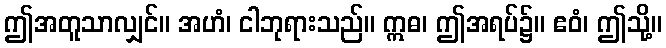
ဤအတူသာလျှင်။ အဟံ၊ ငါဘုရားသည်။ ဣဓ၊ ဤအရပ်၌။ ဧဝံ၊ ဤသို့။